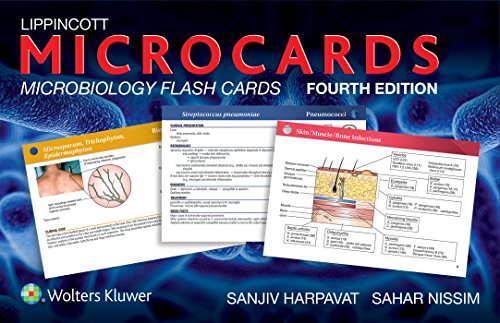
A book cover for Lippincott Microcards: Microbiology Flash Cards; Sanjiv Harpavat MD; Medical Books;